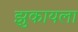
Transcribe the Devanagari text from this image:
झुकायला